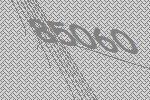
85060